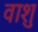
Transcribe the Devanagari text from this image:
वाशु